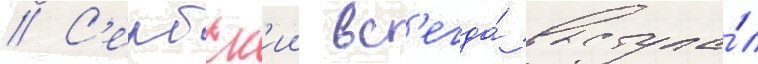
// С'ербск'ии вс'егда́ выступа́л